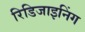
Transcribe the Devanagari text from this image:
रिडिजाइनिंग